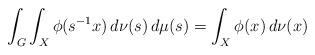
LaTeX: \begin{align*}\int_G \int_X \phi(s^{-1}x) \, d\nu(s) \, d\mu(s) = \int_X \phi(x) \, d\nu(x)\end{align*}